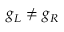
g _ { L } \ne g _ { R }